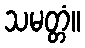
သမတ္တံ။